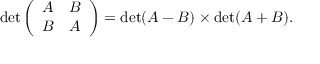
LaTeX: \operatorname* { d e t } { \left( \begin{array} { l l } { A } & { B } \\ { B } & { A } \end{array} \right) } = \operatorname* { d e t } ( A - B ) \times \operatorname* { d e t } ( A + B ) .